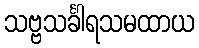
သဗ္ဗသင်္ခါရသမထာယ